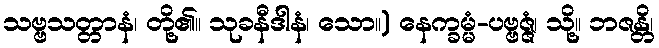
သဗ္ဗသတ္တာနံ၊ တို့၏။ သုခနီဒါနံ၊ သော။) နေက္ခမ္မံ-ပဗ္ဗဇ္ဇံ၊ သို့။ ဘဇန္တိ၊